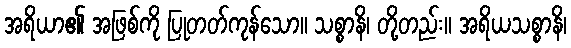
အရိယာ၏ အဖြစ်ကို ပြုတတ်ကုန်သော။ သစ္စာနိ၊ တို့တည်း။ အရိယသစ္စာနိ၊